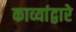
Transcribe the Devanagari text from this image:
काव्यांद्वारे